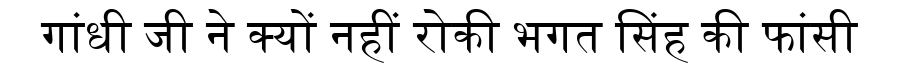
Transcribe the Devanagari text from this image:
गांधी जी ने क्यों नहीं रोकी भगत सिंह की फांसी